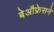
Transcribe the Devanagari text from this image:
बेऔफ्रेसने